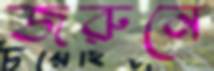
জরুনে